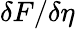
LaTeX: \delta F/\delta\eta